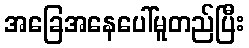
အခြေအနေပေါ်မူတည်ပြီး